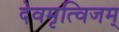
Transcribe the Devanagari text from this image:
देवमृत्विजम्